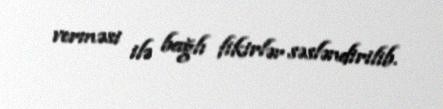
verməsi ilə bağlı fikirlər səsləndirilib.